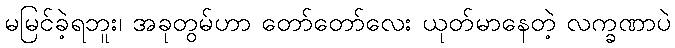
မမြင်ခဲ့ရဘူး၊ အခုတွမ်ဟာ တော်တော်လေး ယုတ်မာနေတဲ့ လက္ခဏာပဲ